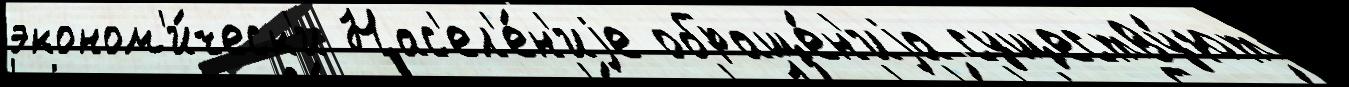
эконом'и́ческ'и Нас'ел'е́н'иjе обраще́н'иjа существу́ют